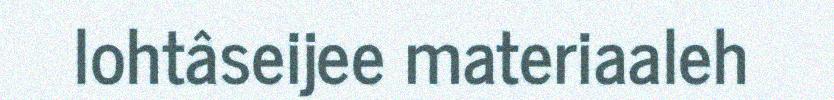
lohtâseijee materiaaleh